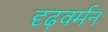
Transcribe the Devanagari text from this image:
दृढ़वर्मन